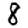
Digit: 8